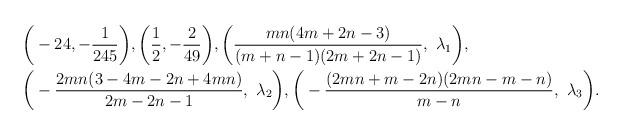
LaTeX: \begin{align*} &\bigg(-24, -\frac{1}{245}\bigg),\bigg(\frac{1}{2}, -\frac{2}{49}\bigg), \bigg( \frac{m n (4 m + 2 n -3)}{(m + n -1) (2 m + 2 n -1)},\ \lambda_1 \bigg),\\ & \bigg( -\frac{2 m n (3 - 4 m - 2 n + 4 m n)}{2 m - 2 n -1}, \ \lambda_2 \bigg), \bigg( -\frac{(2 m n + m - 2 n) (2 m n -m - n)}{m - n}, \ \lambda_3 \bigg). \end{align*}